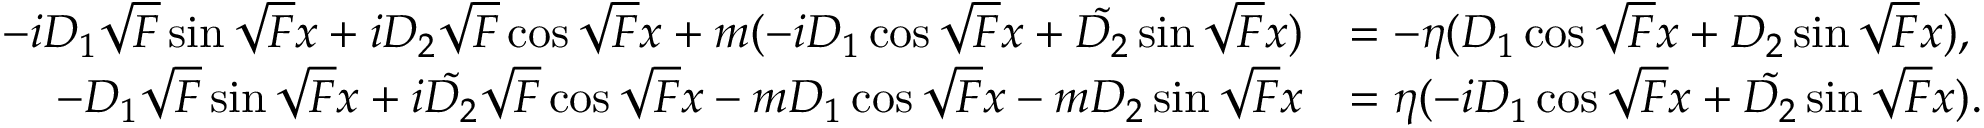
\begin{array} { r l } { - i D _ { 1 } \sqrt { F } \sin \sqrt { F } x + i D _ { 2 } \sqrt { F } \cos \sqrt { F } x + m ( - i D _ { 1 } \cos \sqrt { F } x + \tilde { D _ { 2 } } \sin \sqrt { F } x ) } & { = - \eta ( D _ { 1 } \cos \sqrt { F } x + D _ { 2 } \sin \sqrt { F } x ) , } \\ { - D _ { 1 } \sqrt { F } \sin \sqrt { F } x + i \tilde { D _ { 2 } } \sqrt { F } \cos \sqrt { F } x - m D _ { 1 } \cos \sqrt { F } x - m D _ { 2 } \sin \sqrt { F } x } & { = \eta ( - i D _ { 1 } \cos \sqrt { F } x + \tilde { D _ { 2 } } \sin \sqrt { F } x ) . } \end{array}